Scientific memoirs by medical officers of the Army of India - Part VIII,
Year: 1894
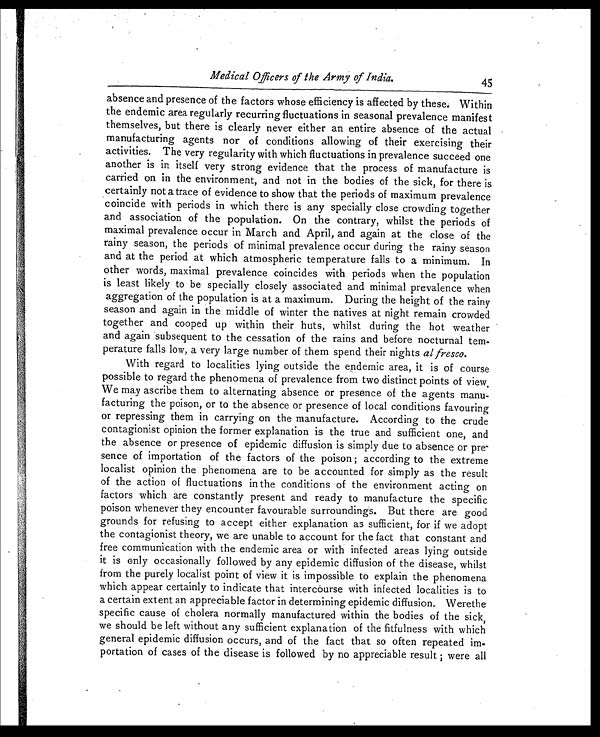
Medical Officers of the Army of India.
45
absence and presence of the factors whose efficiency is affected by these. Within
the endemic area regularly recurring fluctuations in seasonal prevalence manifest
themselves, but there is clearly never either an entire absence of the actual
manufacturing agents nor of conditions allowing of their exercising their
activities. The very regularity with which fluctuations in prevalence succeed one
another is in itself very strong evidence that the process of manufacture is
carried on in the environment, and not in the bodies of the sick, for there is
certainly not a trace of evidence to show that the periods of maximum prevalence
coincide with periods in which there is any specially close crowding together
and association of the population. On the contrary, whilst the periods of
maximal prevalence occur in March and April, and again at the close of the
rainy season, the periods of minimal prevalence occur during the rainy season
and at the period at which atmospheric temperature falls to a minimum. In
other words, maximal prevalence coincides with periods when the population
is least likely to be specially closely associated and minimal prevalence when
aggregation of the population is at a maximum. During the height of the rainy
season and again in the middle of winter the natives at night remain crowded
together and cooped up within their huts, whilst during the hot weather
and again subsequent to the cessation of the rains and before nocturnal tem-
perature falls low, a very large number of them spend their nights al fresco.
With regard to localities lying outside the endemic area, it is of course
possible to regard the phenomena of prevalence from two distinct points of view.
We may ascribe them to alternating absence or presence of the agents manu-
facturing the poison, or to the absence or presence of local conditions favouring
or repressing them in carrying on the manufacture. According to the crude
contagionist opinion the former explanation is the true and sufficient one, and
the absence or presence of epidemic diffusion is simply due to absence or pre-
sence of importation of the factors of the poison ; according to the extreme
localist opinion the phenomena are to be accounted for simply as the result
of the action of fluctuations in the conditions of the environment acting on
factors which are constantly present and ready to manufacture the specific
poison whenever they encounter favourable surroundings. But there are good
grounds for refusing to accept either explanation as sufficient, for if we adopt
the contagionist theory, we are unable to account for the fact that constant and
free communication with the endemic area or with infected areas lying outside
it is only occasionally followed by any epidemic diffusion of the disease, whilst
from the purely localist point of view it is impossible to explain the phenomena
which appear certainly to indicate that intercourse with infected localities is to
a certain extent an appreciable factor in determining epidemic diffusion. Werethe
specific cause of cholera normally manufactured within the bodies of the sick,
we should be left without any sufficient explanation of the fitfulness with which
general epidemic diffusion occurs, and of the fact that so often repeated im-
portation of cases of the disease is followed by no appreciable result ; were all